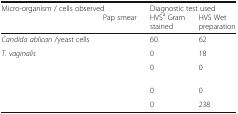
<table><thead><tr><td colspan="2"><b>Micro-organism / cells observed</b></td><td colspan="2"><b>Diagnostic test used</b></td></tr><tr><td>[EMPTY_CELL]</td><td><b>Pap smear</b></td><td><b>HVS<sup>a</sup> Gram stained</b></td><td><b>HVS Wet preparation</b></td></tr></thead><tbody><tr><td><i>Candida ablican</i> /yeast cells</td><td>[EMPTY_CELL]</td><td>60</td><td>62</td></tr><tr><td><i>T. vaginalis</i></td><td>[EMPTY_CELL]</td><td>0</td><td>18</td></tr><tr><td>[EMPTY_CELL]</td><td>[EMPTY_CELL]</td><td>0</td><td>0</td></tr><tr><td>[EMPTY_CELL]</td><td>[EMPTY_CELL]</td><td>0</td><td>0</td></tr><tr><td>[EMPTY_CELL]</td><td>[EMPTY_CELL]</td><td>0</td><td>238</td></tr></tbody></table>